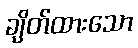
ချိတ်ထားသော